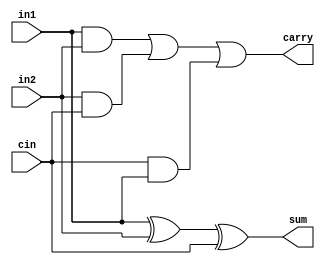
module fulladder(sum,carry,in1,in2,cin);
  input in1,in2,cin;
  output reg sum,carry;
  always@(in1 or in2 or cin)
  begin
    sum = in1^in2^cin;
    carry = (in1&in2)|(in2&cin)|(cin&in1);
  end
endmodule